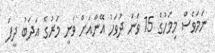
ނަމަވެސް މިމަހުގެ 15 ވަނަ ދުވަހު އޭނާއަށް ވަނީ މަރުގެ އަދަބު ދީފަ